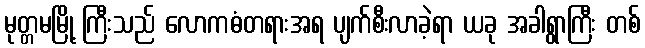
မုတ္တမမြို့ ကြီးသည် လောကဓံတရားအရ ပျက်စီးလာခဲ့ရာ ယခု အခါရွာကြီး တစ်